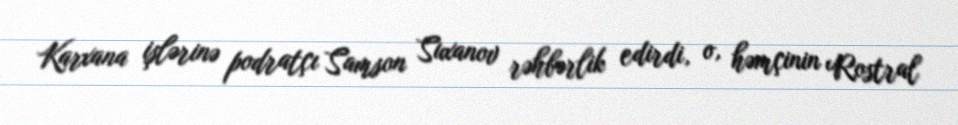
Karxana işlərinə podratçı Samson Suxanov rəhbərlik edirdi, o, həmçinin Rostral